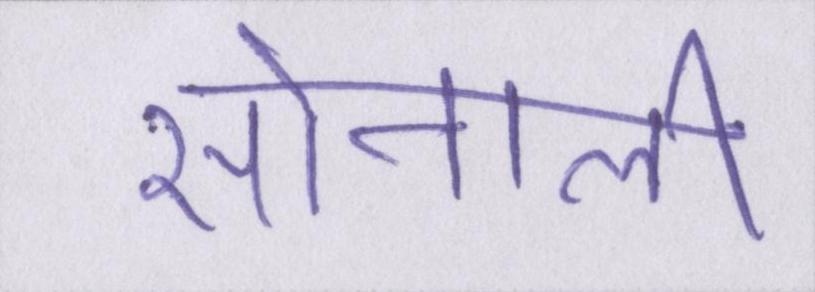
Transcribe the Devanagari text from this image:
सोनाली